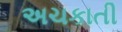
અચકાતી